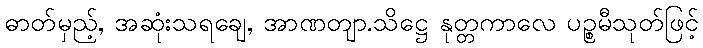
ဓာတ်မှည့်, အဆုံးသရချေ, အာဏတျာ.သိဋ္ဌေ နုတ္တကာလေ ပဉ္စမီသုတ်ဖြင့်